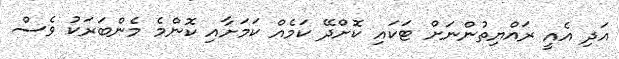
އަދި އެއީ ރައްޔިތުންނަށް ޓަކައި ކޮށްދޭ ކަމެއް ކަމަށާއި ކޮންމެ މެންބަރަކު ވެސް